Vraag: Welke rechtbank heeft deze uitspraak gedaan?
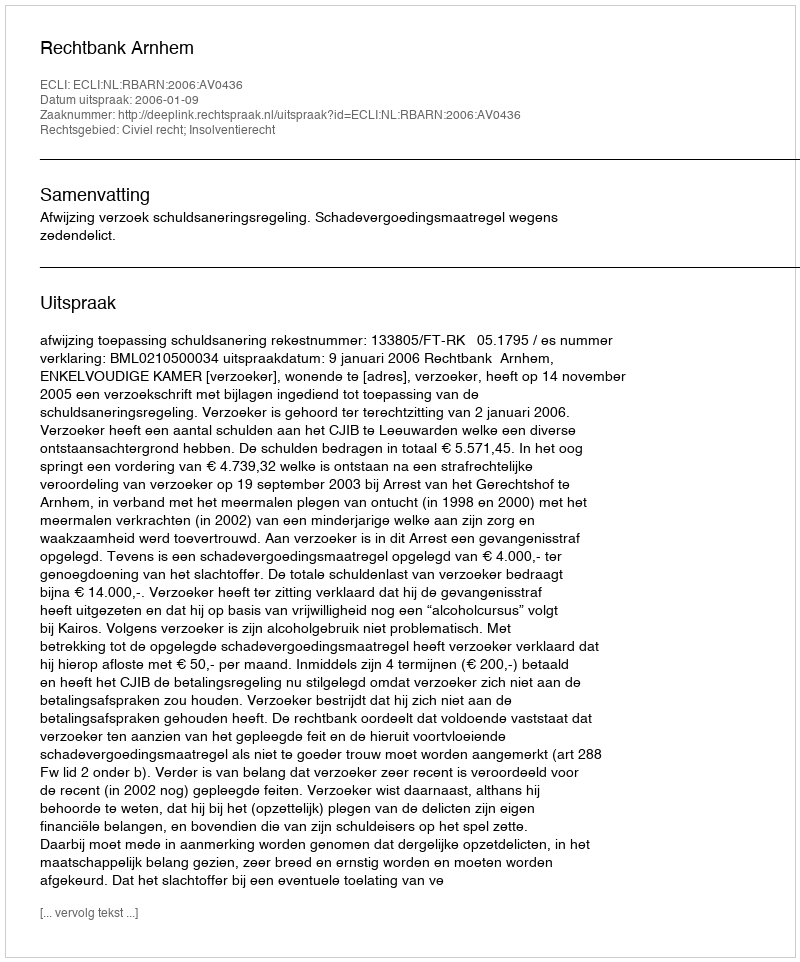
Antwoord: Rechtbank Arnhem